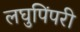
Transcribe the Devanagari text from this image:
लघुपिंपरी